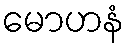
မောဟနံ